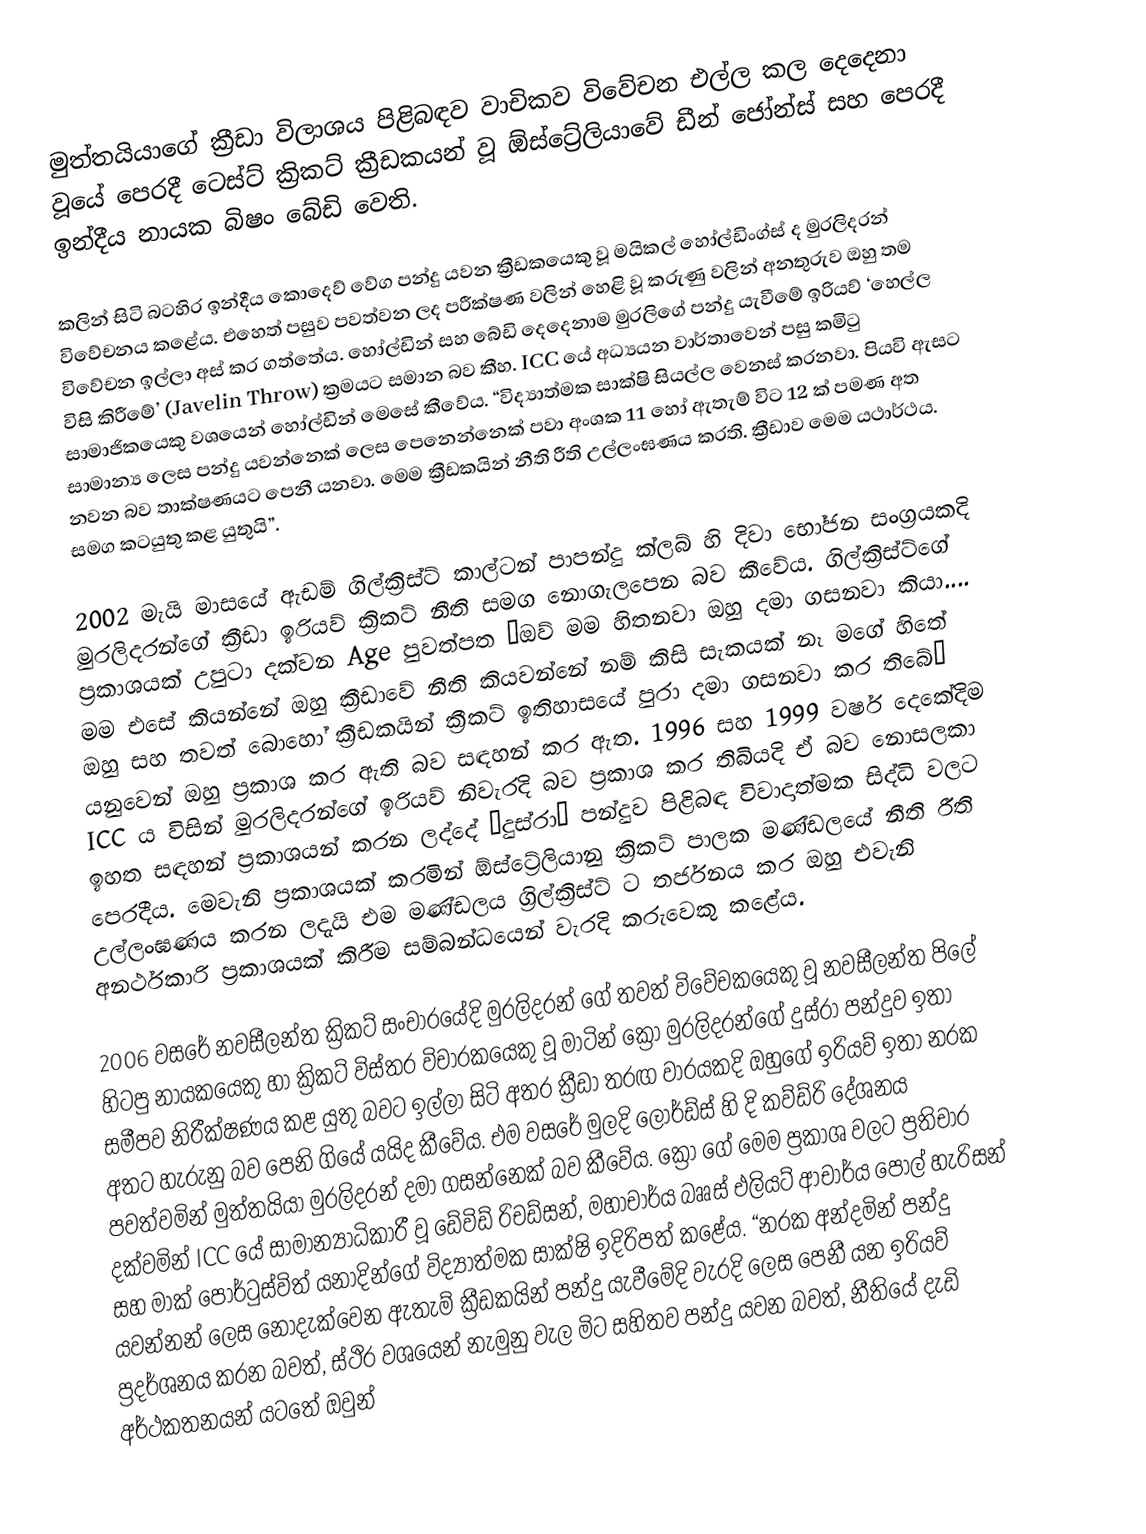
මුත්තයියාගේ ක්‍රීඩා විලාශය පිළිබඳව වාචිකව විවේචන එල්ල කල දෙදෙනා වූයේ පෙරදී ටෙස්ට් ක්‍රිකට් ක්‍රීඩකයන් වූ ඕස්ට්‍රේලියාවේ ඩීන් ජෝන්ස් සහ පෙරදී ඉන්දීය නායක බිෂං බේඩි වෙති.

කලින් සිටි බටහිර ඉන්දීය කොදෙව් වේග පන්දු යවන ක්‍රීඩකයෙකු වූ මයිකල් හෝල්ඩිංග්ස් ද මුරලිදරන් විවේචනය කළේය. එහෙත් පසුව පවත්වන ලද පරීක්ෂණ වලින් හෙළි වූ කරුණු වලින් අනතුරුව ඔහු තම විවේචන ඉල්ලා අස් කර ගත්තේය. හෝල්ඩින් සහ බේඩි දෙදෙනාම මුරලිගේ පන්දු යැවීමේ ඉරියව් ‘හෙල්ල විසි කිරීමේ’ (Javelin Throw) ක්‍රමයට සමාන බව කීහ. ICC යේ අධ්‍යයන වාර්තාවෙන් පසු කමිටු සාමාජිකයෙකු වශයෙන් හෝල්ඩින් මෙසේ කීවේය. “විද්‍යාත්මක සාක්ෂි සියල්ල වෙනස් කරනවා. පියවි ඇසට සාමාන්‍ය ලෙස පන්දු යවන්නෙක් ලෙස පෙනෙන්නෙක් පවා අංශක 11 හෝ ඇතැම් විට 12 ක් පමණ අත නවන බව තාක්ෂණයට පෙනී යනවා. මෙම ක්‍රීඩකයින් නීති රීති උල්ලංඝණය කරති. ක්‍රීඩාව මෙම යථාර්ථය. සමග කටයුතු කළ යුතුයි”.

2002 මැයි මාසයේ ඇඩම් ගිල්ක්‍රිස්ට් කාල්ටන් පාපන්දු ක්ලබ් හි දිවා භෝජන සංග්‍රයකදි මුරලිදරන්ගේ ක්‍රීඩා ඉරියව් ක්‍රිකට් නීති සමග නොගැලපෙන බව කීවේය. ගිල්ක්‍රිස්ට්ගේ ප්‍රකාශයක් උපුටා දක්වන Age පුවත්පත “ඔව් මම හිතනවා ඔහු දමා ගසනවා කියා.... මම එසේ කියන්නේ ඔහු ක්‍රීඩාවේ නීති කියවන්නේ නම් කිසි සැකයක් නෑ මගේ හිතේ ඔහු සහ තවත් බොහෝ ක්‍රීඩකයින් ක්‍රීකට් ඉතිහාසයේ පුරා දමා ගසනවා කර තිබේ” යනුවෙන් ඔහු ප්‍රකාශ කර ඇති බව සඳහන් කර ඇත. 1996 සහ 1999 වර්ෂ දෙකේදිම ICC ය විසින් මුරලිදරන්ගේ ඉරියව් නිවැරදි බව ප්‍රකාශ කර තිබියදි ඒ බව නොසලකා ඉහත සඳහන් ප්‍රකාශයන් කරන ලද්දේ ‘දුස්රා’ පන්දුව පිළිබඳ විවාදාත්මක සිද්ධි වලට පෙරදීය. මෙවැනි ප්‍රකාශයක් කරමින් ඕස්ට්‍රේලියානු ක්‍රිකට් පාලක මණ්ඩලයේ නීති රීති උල්ලංඝණය කරන ලදැයි එම මණ්ඩලය ග්‍රිල්ක්‍රිස්ට් ට තර්ජනය කර ඔහු එවැනි අනර්ථකාරි ප්‍රකාශයක් කිරීම සම්බන්ධයෙන් වැරදි කරුවෙකු කළේය.

2006 වසරේ නවසීලන්ත ක්‍රිකට් සංචාරයේදි මුරලිදරන් ගේ තවත් විවේචකයෙකු වූ නවසීලන්ත පිලේ හිටපු නායකයෙකු හා ක්‍රිකට් විස්තර විචාරකයෙකු වූ මාටින් ක්‍රෝ මුරලිදරන්ගේ දුස්රා පන්දුව ඉතා සමීපව නිරීක්ෂණය කළ යුතු බවට ඉල්ලා සිටි අතර ක්‍රීඩා තරඟ වාරයකදි ඔහුගේ ඉරියව් ඉතා නරක අතට හැරුනු බව පෙනි ගියේ යයිද කීවේය. එම වසරේ මුලදි ලෝර්ඩ්ස් හි දි කව්ඩ්රි දේශනය පවත්වමින් මුත්තයියා මුරලිදරන් දමා ගසන්නෙක්  බව කීවේය. ක්‍රෝ ගේ මෙම ප්‍රකාශ වලට ප්‍රතිචාර දක්වමින් ICC යේ සාමාන්‍යාධිකාරී වූ ඩේවිඩ් රිචඩ්සන්, මහාචාර්ය බෲස් එලියට් ආචාර්ය පෝල් හැරිසන් සහ මාක් පෝර්ටුස්විත් යනාදින්ගේ විද්‍යාත්මක සාක්ෂි ඉදිරිපත් කළේය. “නරක අන්දමින් පන්දු යවන්නන් ලෙස නොදැක්වෙන ඇතැම් ක්‍රීඩකයින් පන්දු යැවීමේදි වැරදි ලෙස පෙනී යන ඉරියව් ප්‍රදර්ශනය කරන බවත්, ස්ථිර වශයෙන් නැමුනු වැල මිට සහිතව පන්දු යවන බවත්, නීතියේ දැඩි අර්ථකතනයන් යටතේ ඔවුන්